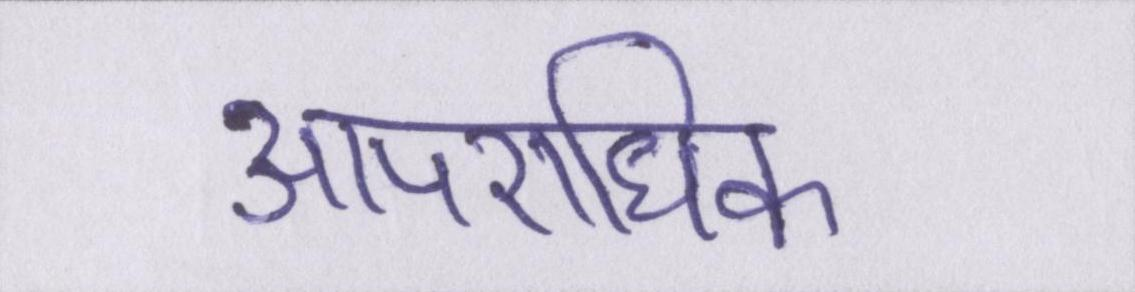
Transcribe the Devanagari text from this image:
आपराधिक